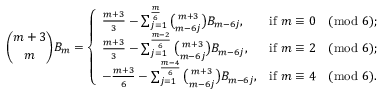
{ \binom { m + 3 } { m } } B _ { m } = { \left\{ \begin{array} { l l } { { \frac { m + 3 } { 3 } } - \sum _ { j = 1 } ^ { \frac { m } { 6 } } { \binom { m + 3 } { m - 6 j } } B _ { m - 6 j } , } & { { \mathrm { i f ~ } } m \equiv 0 { \pmod { 6 } } ; } \\ { { \frac { m + 3 } { 3 } } - \sum _ { j = 1 } ^ { \frac { m - 2 } { 6 } } { \binom { m + 3 } { m - 6 j } } B _ { m - 6 j } , } & { { \mathrm { i f ~ } } m \equiv 2 { \pmod { 6 } } ; } \\ { - { \frac { m + 3 } { 6 } } - \sum _ { j = 1 } ^ { \frac { m - 4 } { 6 } } { \binom { m + 3 } { m - 6 j } } B _ { m - 6 j } , } & { { \mathrm { i f ~ } } m \equiv 4 { \pmod { 6 } } . } \end{array} \right. }